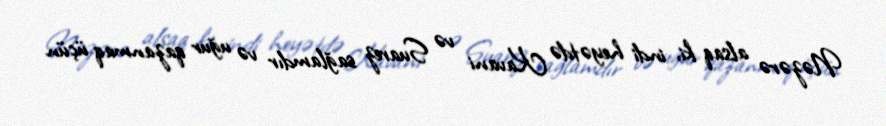
Nəzərə alsaq ki, indi heyətdə Kavani və Suarez sağlamdır və uğur qazanmaq üçün